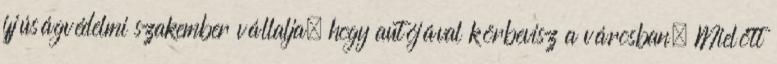
ifjúságvédelmi szakember vállalja, hogy autójával körbevisz a városban. Mielőtt